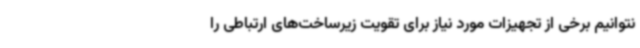
نتوانیم برخی از تجهیزات مورد نیاز برای تقویت زیرساخت‌های ارتباطی را